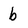
Character: b